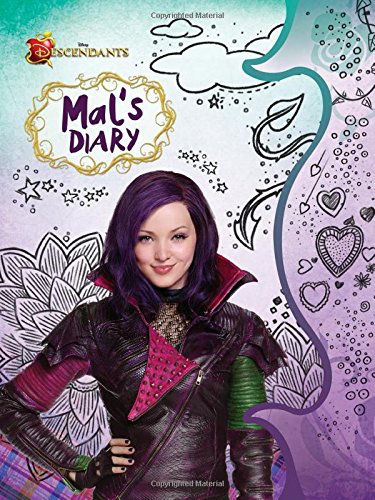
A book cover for Descendants: Mal's Diary (Disney Descendants); Disney Book Group; Children's Books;